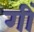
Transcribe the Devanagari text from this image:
गीं